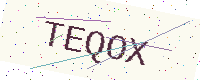
Text: TEQOX